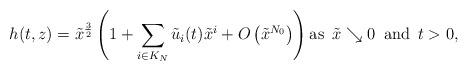
LaTeX: \begin{align*}h(t,z) = \tilde x^{\frac 3 2} \left(1 + \sum_{i \in K_N} \tilde u_i(t) \tilde x^i + O\left(\tilde x^{N_0}\right)\right) \mbox{as } \, \tilde x \searrow 0 \, \mbox{ and } \, t > 0,\end{align*}